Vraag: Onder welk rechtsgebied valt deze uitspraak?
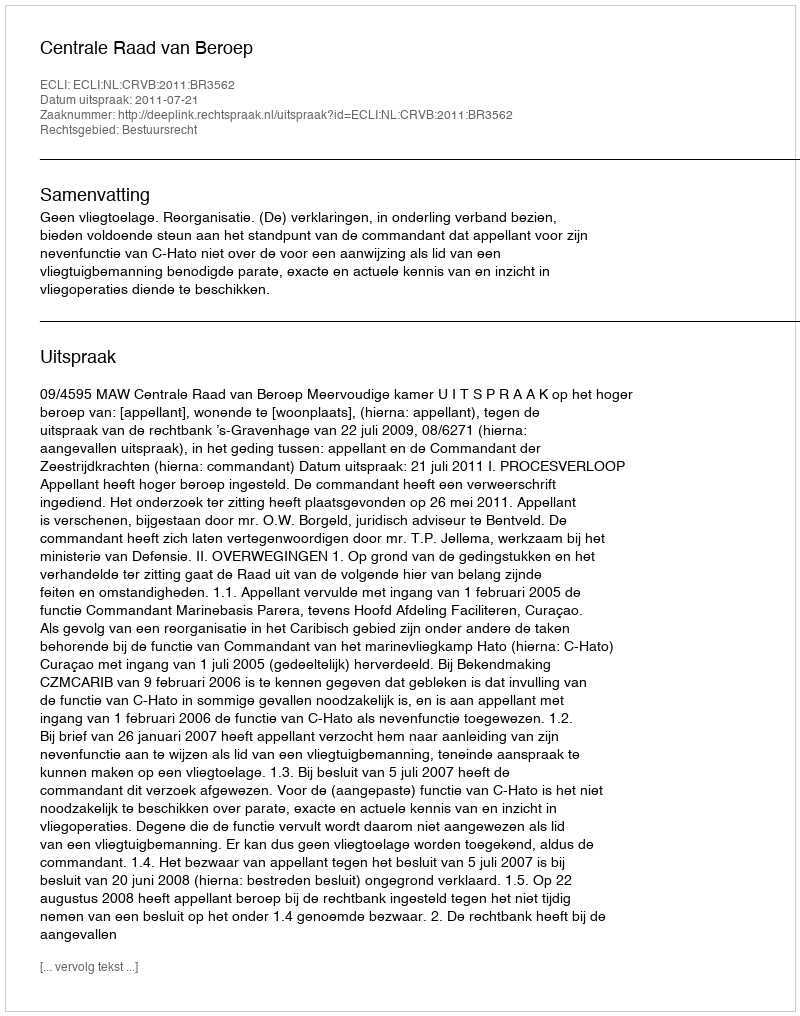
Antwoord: Bestuursrecht